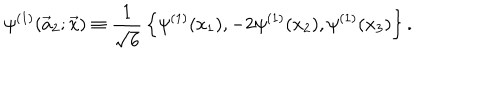
LaTeX: \psi ^ { ( 1 ) } ( \vec { a } _ { 2 } ; \vec { x } ) \equiv { \frac { 1 } { \sqrt { 6 } } } \left\{ \psi ^ { ( 1 ) } ( x _ { 1 } ) , - 2 \psi ^ { ( 1 ) } ( x _ { 2 } ) , \psi ^ { ( 1 ) } ( x _ { 3 } ) \right\} .